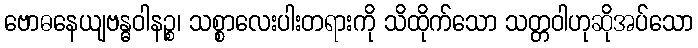
ဗောဓနေယျဗန္ဓဝါနဉ္စ၊ သစ္စာလေးပါးတရားကို သိထိုက်သော သတ္တဝါဟုဆိုအပ်သော